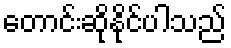
တောင်းဆိုနိုင်ပါသည်